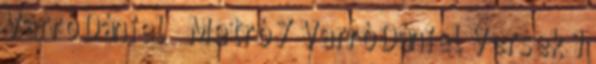
Varró Dániel Metró 7 Varró Dániel Versek 1